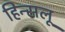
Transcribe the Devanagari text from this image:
हिन्सलू